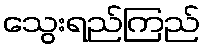
သွေးရည်ကြည်